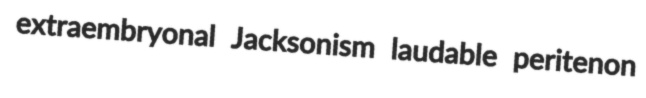
extraembryonal Jacksonism laudable peritenon